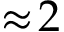
\approx \! 2